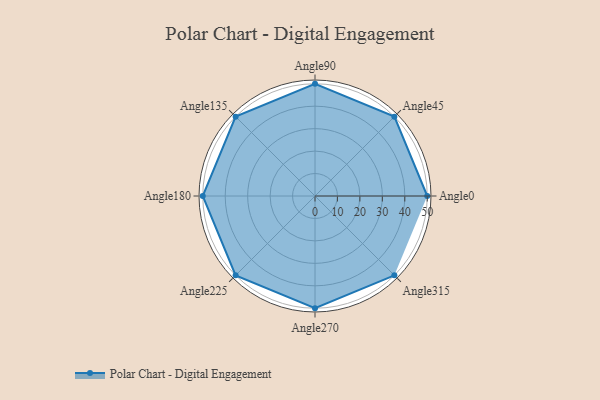
{"axis": {"x": "Angle", "y": "Radius"}, "legend": [""], "data": [{"x": "Angle0", "y": 50, "type": ""}, {"x": "Angle45", "y": 50, "type": ""}, {"x": "Angle90", "y": 50, "type": ""}, {"x": "Angle135", "y": 50, "type": ""}, {"x": "Angle180", "y": 50, "type": ""}, {"x": "Angle225", "y": 50, "type": ""}, {"x": "Angle270", "y": 50, "type": ""}, {"x": "Angle315", "y": 50, "type": ""}]}